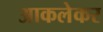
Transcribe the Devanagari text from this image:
आकलेकर